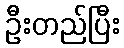
ဦးတည်ပြီး